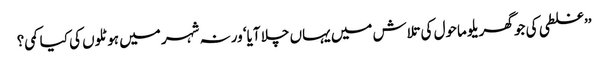
’’غلطی کی جو گھریلو ماحول کی تلاش میں یہاں چلا آیا‘ ورنہ شہر میں ہوٹلوں کی کیا کمی؟